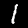
Digit: 1